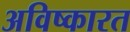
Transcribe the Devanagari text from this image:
अविष्कारत